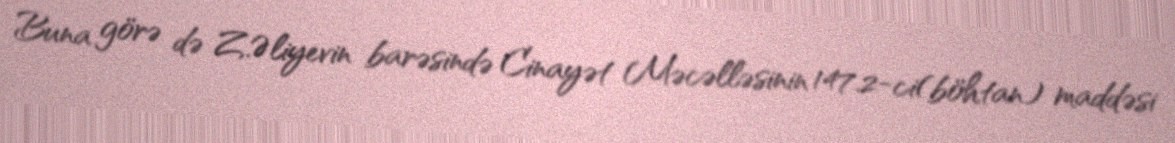
Buna görə də Z.Əliyevin barəsində Cinayət Məcəlləsinin 147.2-ci(böhtan) maddəsi